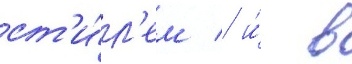
ст'и́л'ем / и́ в